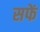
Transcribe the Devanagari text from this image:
सफें